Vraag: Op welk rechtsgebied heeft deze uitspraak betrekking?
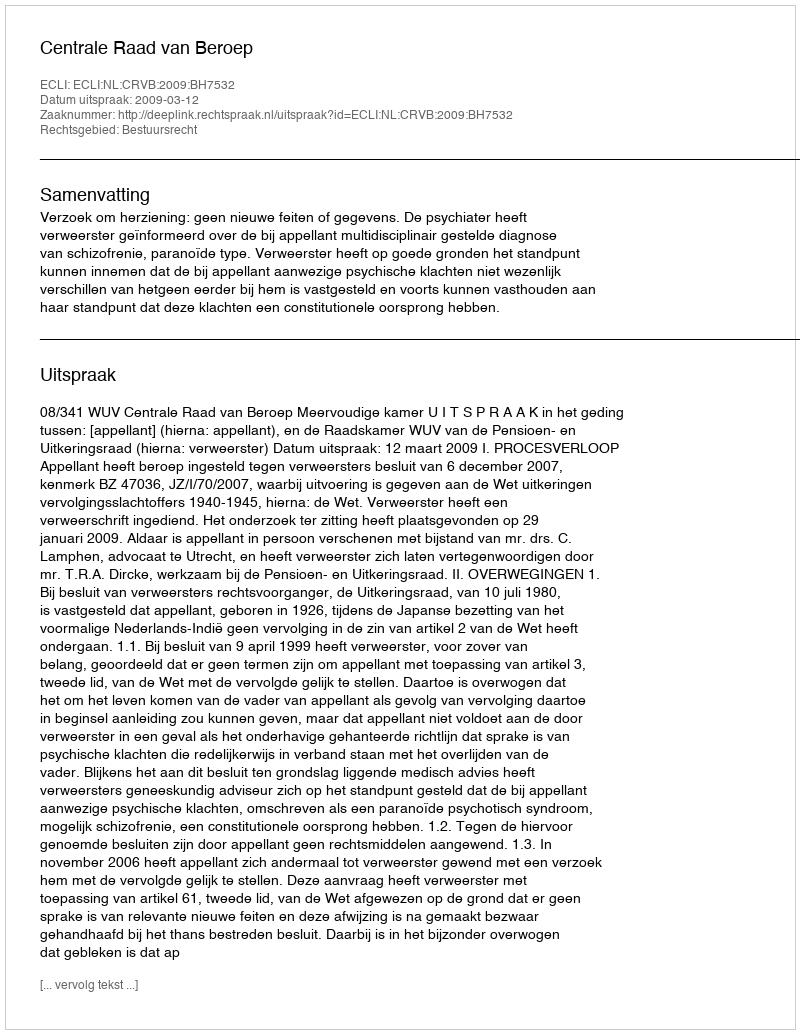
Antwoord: Bestuursrecht